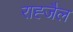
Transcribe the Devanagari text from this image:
राह्जैल